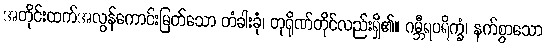
အတိုင်းထက်အလွန်ကောင်းမြတ်သော တံခါးခုံ၊ တုရိုဏ်တိုင်လည်းရှိ၏။ ဂမ္ဘီရပရိက္ခံ၊ နက်စွာသော